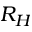
R _ { H }